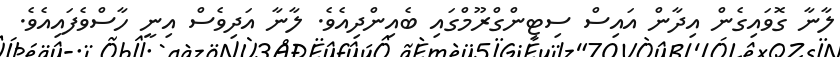
ލާނާ ގޮވައިގެން އިދާން އައިސް ސިޓިންގްރޫމްގައި ބެއިންދިއެވެ. ލާނާ އަދިވެސް އިނީ ހާސްވެފައިއެވެ.